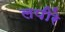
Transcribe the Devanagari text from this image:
लपीरे